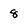
Character: 8